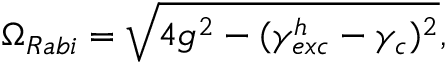
\Omega _ { R a b i } = \sqrt { 4 g ^ { 2 } - ( \gamma _ { e x c } ^ { h } - \gamma _ { c } ) ^ { 2 } } ,